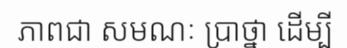
ភាពជា សមណៈ ប្រាថ្នា ដើម្បី